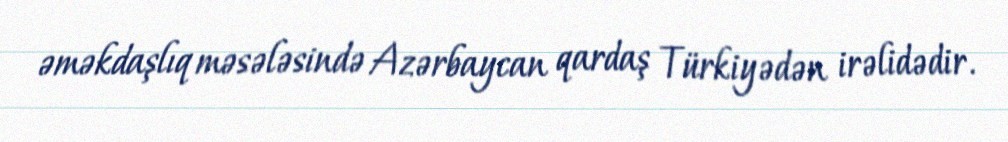
əməkdaşlıq məsələsində Azərbaycan qardaş Türkiyədən irəlidədir.